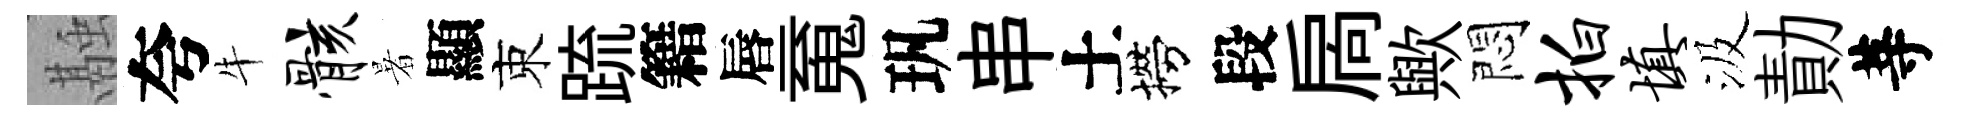
融夸牛骸暑顯束䟽籍唇䰟㺬串土撈段扄歟悶拍填汲勣䓁